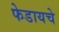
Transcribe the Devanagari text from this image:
फेडायचे